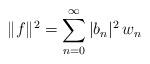
LaTeX: \begin{align*} \Vert f \Vert^2 = \sum_{n = 0}^\infty |b_n|^2 \, w_n \,\end{align*}